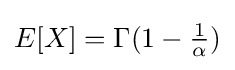
E[X]=\Gamma (1-{\tfrac {1}{\alpha }})